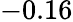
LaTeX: -0.16